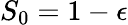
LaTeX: S_{0}=1-\epsilon